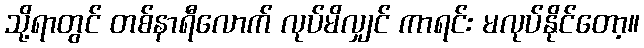
သို့ရာတွင် တစ်နာရီလောက် လုပ်မိလျှင် ကာရင်း မလုပ်နိုင်တော့။